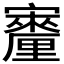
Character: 𪧳